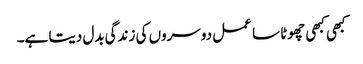
کبھی کبھی چھوٹا سا عمل دوسروں کی زندگی بدل دیتا ہے۔